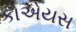
કોએયસ